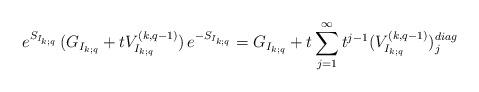
LaTeX: \begin{align*}e^{S_{I_{k;q}}}\,(G_{I_{k;q}}+tV^{(k,q-1)}_{I_{k;q}})\,e^{-S_{I_{k;q}}}=G_{I_{k;q}}+t\sum_{j=1}^{\infty}t^{j-1}(V^{(k,q-1)}_{I_{k;q}})^{diag}_j\end{align*}